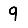
Digit: 9